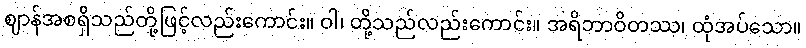
ဈာန်အစရှိသည်တို့ဖြင့်လည်းကောင်း။ ဝါ၊ တို့သည်လည်းကောင်း။ အရိဘာဝိတဿ၊ ထုံအပ်သော။